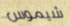
شيموس